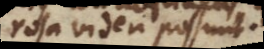
generosa videri possunt.